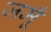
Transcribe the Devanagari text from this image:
जमूँ